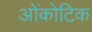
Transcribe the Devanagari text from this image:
ओंकोटिक